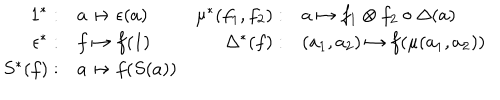
\begin{array} { r l r l } { { 1 ^ { * } : } } & { { a \mapsto \epsilon ( a ) } } & { { \mu ^ { * } ( f _ { 1 } , f _ { 2 } ) : } } & { { a \mapsto f _ { 1 } \otimes f _ { 2 } \circ \Delta ( a ) } } \\ { { \epsilon ^ { * } : } } & { { f \mapsto f ( 1 ) } } & { { \Delta ^ { * } ( f ) : } } & { { ( a _ { 1 } , a _ { 2 } ) \mapsto f ( \mu ( a _ { 1 } , a _ { 2 } ) ) } } \\ { { S ^ { * } ( f ) : } } & { { a \mapsto f ( S ( a ) ) } } & { { ~ } } & { { ~ } } \\ \end{array}